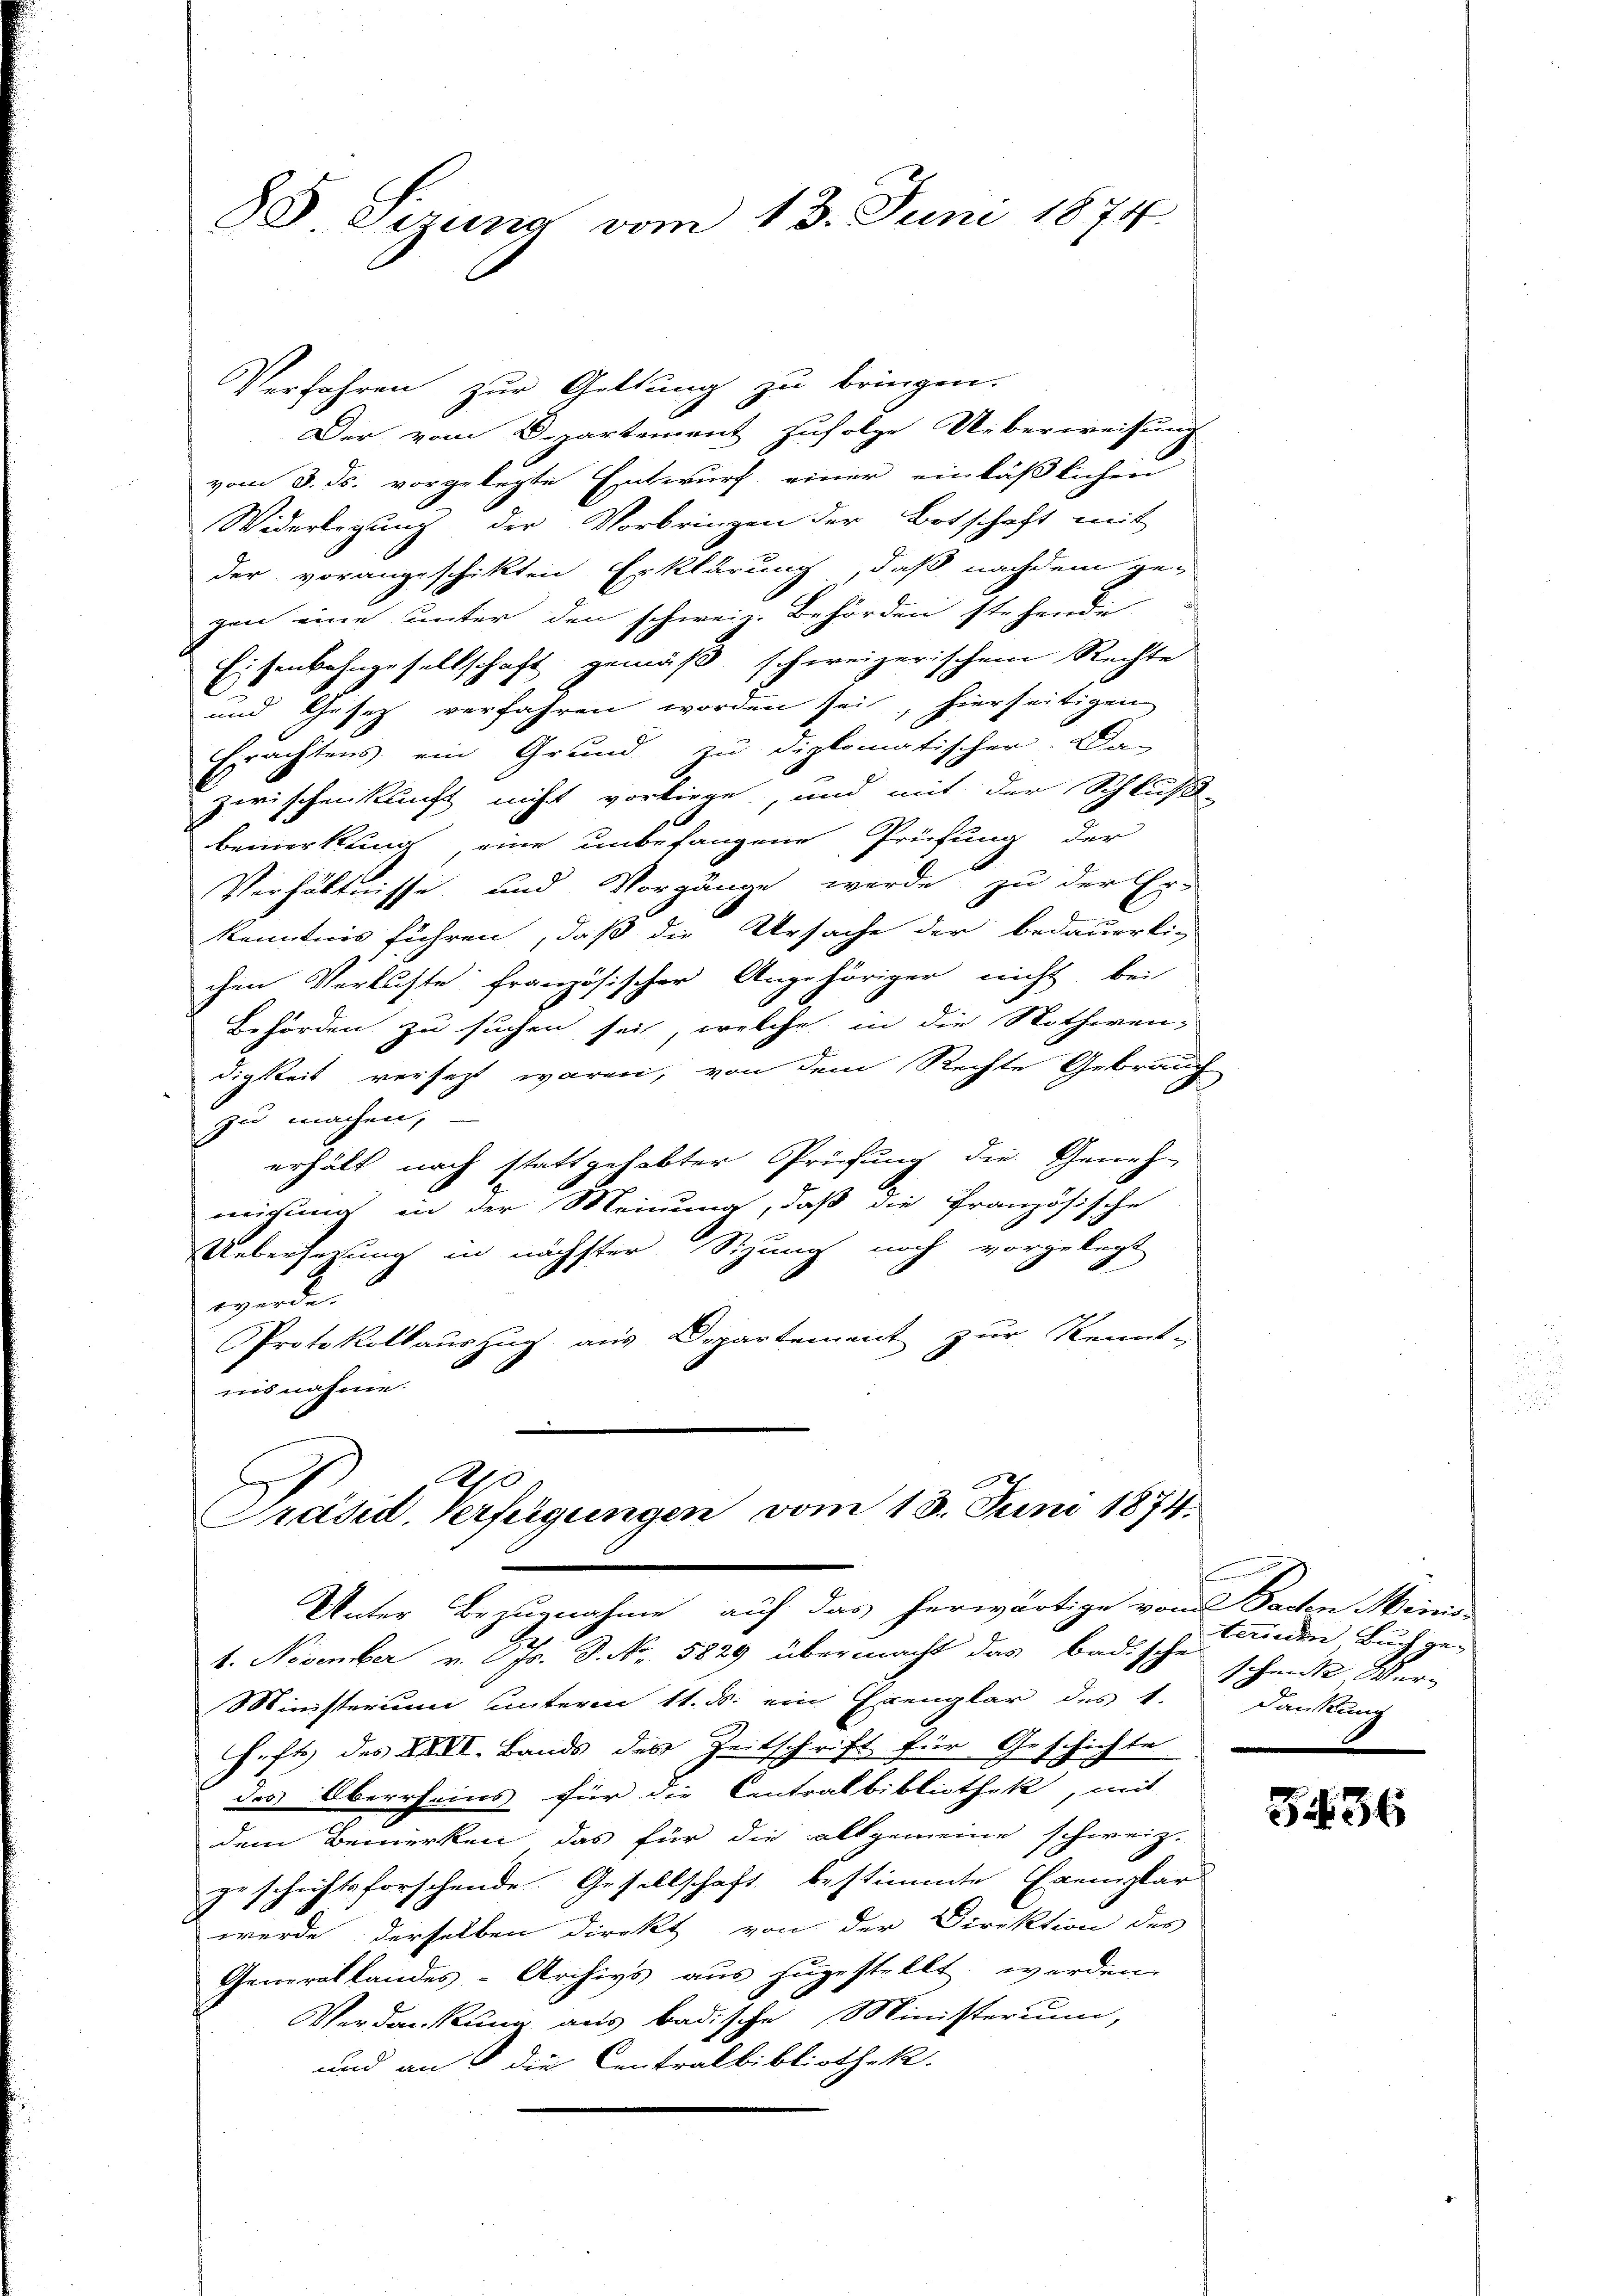
88 Sizung vom 13. Juni 1874.

Verfahren zur Gattung zu bringen.
Der vom Departement zufolge Ueberweisung
vom 8. ds. vorgelegte Entwurf einer einläßlichen
Widerlegung der Vorbringen der Botschaft mit
der vorangeschikten Erklärung, daß nachdem ge-
gen eine unter den schweiz. Behörden stehende
Eisenbahngesellschaft gemäß schweizerischem Rechte
und Gesetz verfahren worden sei, hierseitigen
Erachtens ein Grund zu diplomatischer. Das
zwischenkunft nicht vorliege, und mit der Schluß-
bemerkung, eine unbefangene Prüfung der
Verhältnisse und Vorgänge werde, zu der Er-
kenntnis führen, daß die Ursache der bedauerli-
chen Verluste französischer Angehöriger nicht bei
Behörden zu suchen sei, welche in die Nothwendigkeit versetzt waren, von dem Rechte Gebrauch
zu machen,
erhält nach stattgehabter Prüfung die Geneh-
migung in der Meinung, daß die Französische
Uebersezung in nächster Sitzung noch vorgelegt
werde.
Protokollauszug aus Departement zur Kennt-
nisnahme.
.

A
Präsid. Verfügungen vom 13. Juni 1874.
Unter Bezugnahme auf das herwärtige vom Baden Minis-
4. November v. Schr. 3. No. 5829 übermacht das badische

Ministerium unterm 11. ds. ein Erenglar des k. Dankung
Heft des XXVI. Bands des Zeitschrift für Geschichte
des Oberrheins für die Centralbibliothek, mit
dem Bemerken das für die allgemeine schweiz.
geschichtsforschende Gesellschaft bestimmte Exemplar
werde derselben direkt von der Direktion des
Generallandes-Archivs aus zugestellt werden.
Verdankung aus badische Ministerium,
und an die Centralbibliothek.

terinen Buch geschenk Wer

436